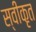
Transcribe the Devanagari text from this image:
स्वीकृत